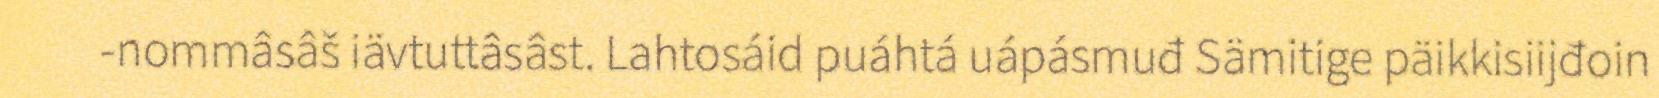
-nommâsâš iävtuttâsâst. Lahtosáid puáhtá uápásmuđ Sämitige päikkisiijđoin